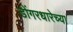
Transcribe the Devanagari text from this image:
डोंगरधारेच्या